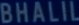
BHALIL